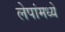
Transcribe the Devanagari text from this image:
लेपांमध्ये